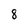
Character: 8